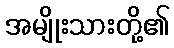
အမျိုးသားတို့၏